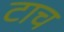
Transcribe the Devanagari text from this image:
टाच